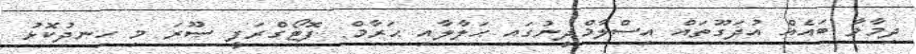
ދިމާވާ ބައެއް އުދަގޫތައް އިސްލާމްދީނުގައި ޙަލާލާއި ޙަރާމް: ފޮޓޯގްރަފީ ޞޫރަ މި ހިނދުކޮޅު